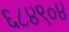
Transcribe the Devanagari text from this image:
६८४९०४